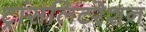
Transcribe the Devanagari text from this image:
ट्रांसलिटरेशन